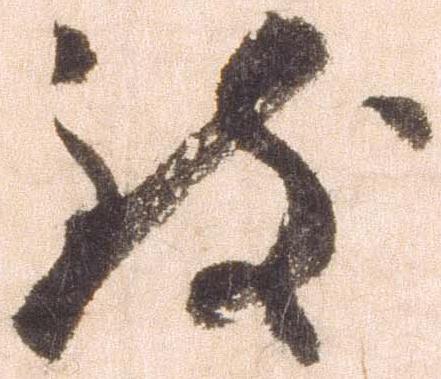
致